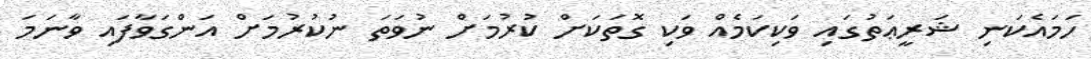
ހަމައެކަނި ޝަރީޢަތުގައި ވަކިކަމެއް ވަކި ގޮތަކަށް ކުރުމަށް ނުވަތަ ނުކުރުމަށް އަންގަވާފައި ވާނަމަ